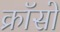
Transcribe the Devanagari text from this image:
क्रॉसो